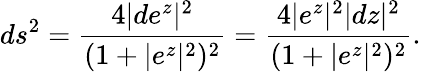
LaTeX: ds^{2}=\frac{4|de^{z}|^{2}}{(1+|e^{z}|^{2})^{2}}=\frac{4|e^{z}|^{2}|dz|^{2}}{(1+|e^{z}|^{2})^{2}}.